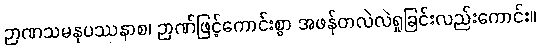
ဉာဏသမနုပဿနာစ၊ ဉာဏ်ဖြင့်ကောင်းစွာ အဖန်တလဲလဲရှုခြင်းလည်းကောင်း။